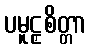
ပမူဠှစိတ္တာ